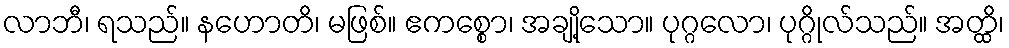
လာဘီ၊ ရသည်။ နဟောတိ၊ မဖြစ်။ ဧကစ္စော၊ အချို့သော။ ပုဂ္ဂလော၊ ပုဂ္ဂိုလ်သည်။ အတ္ထိ၊